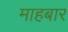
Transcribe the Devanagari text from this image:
माहबार